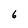
Character: 6